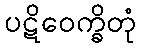
ပဋိဝေက္ခိတုံ